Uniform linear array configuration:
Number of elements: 24
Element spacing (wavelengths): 0.25
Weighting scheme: hann
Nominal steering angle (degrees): -15
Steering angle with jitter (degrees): -15.402
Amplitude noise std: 0.05
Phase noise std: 0.05

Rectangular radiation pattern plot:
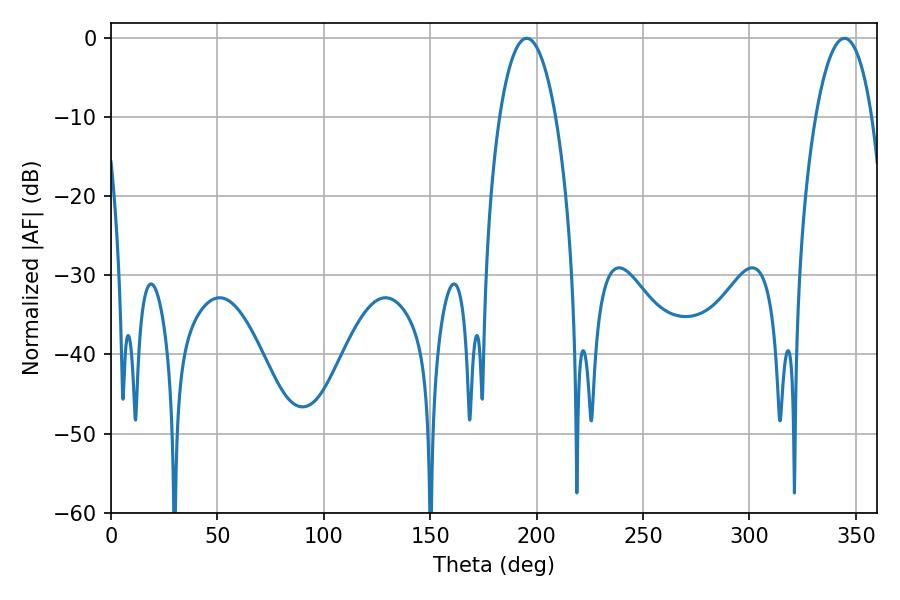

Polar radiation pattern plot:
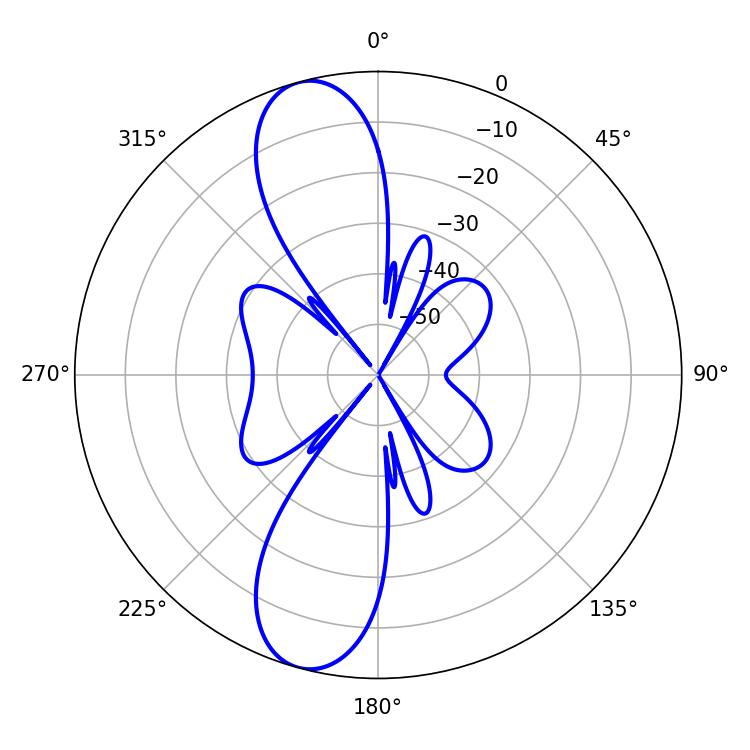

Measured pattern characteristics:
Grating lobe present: FALSE
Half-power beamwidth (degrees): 14.76
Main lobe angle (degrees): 195.3